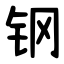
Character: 钢